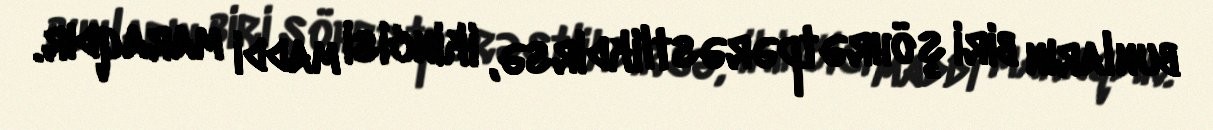
bunların biri şöhrətpərəstlikdirsə, ikincisi maddi maraqdır.